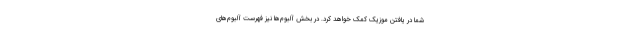
شما در یافتن موزیک کمک خواهد کرد. در بخش آلبوم‌ها نیز فهرست آلبوم‌های